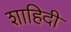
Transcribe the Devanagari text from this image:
शाहिदी